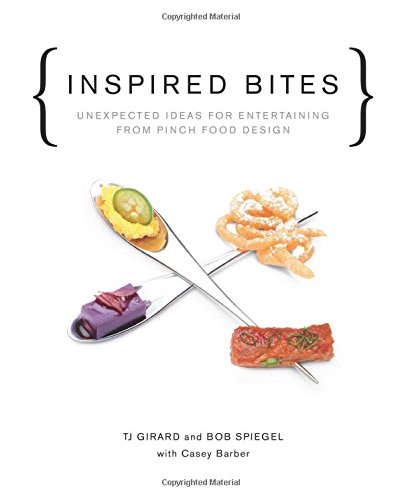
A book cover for Inspired Bites: Unexpected Ideas for Entertaining from Pinch Food Design; Bob Spiegel; Cookbooks, Food & Wine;